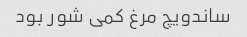
ساندویچ مرغ کمی شور بود